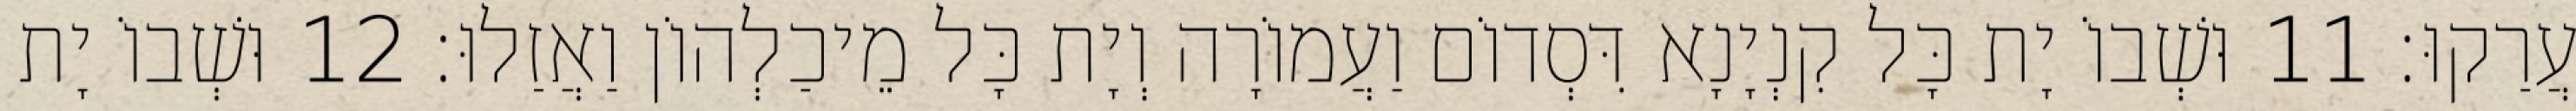
עֲרַקוּ׃ 11 וּשְׁבוֹ יָת כָּל קִנְיָנָא דִּסְדוֹם וַעֲמוֹרָה וְיָת כָּל מֵיכַלְהוֹן וַאֲזַלוּ׃ 12 וּשְׁבוֹ יָת